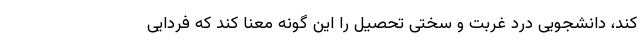
کند، دانشجویی درد غربت و سختی تحصیل را این گونه معنا کند که فردایی